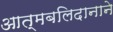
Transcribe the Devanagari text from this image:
आत्मबलिदानाने